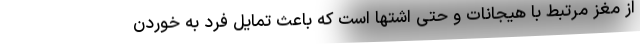
از مغز مرتبط با هیجانات و حتی اشتها است که باعث تمایل فرد به خوردن